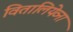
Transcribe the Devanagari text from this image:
वितालियेव्ना